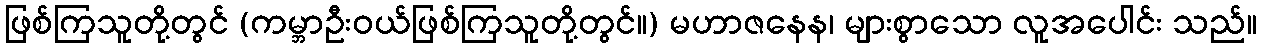
ဖြစ်ကြသူတို့တွင် (ကမ္ဘာဦးဝယ်ဖြစ်ကြသူတို့တွင်။) မဟာဇနေန၊ များစွာသော လူအပေါင်း သည်။